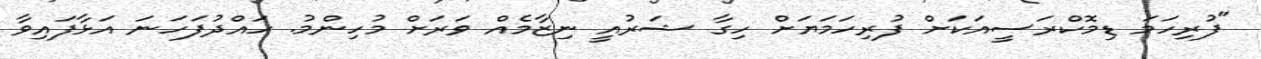
"ފުރިހަމަ ޑިމޮކްރަސީއަކަށް ފުރިހަމަޔަށް ހިގާ ޝަރުއީ ނިޒާމެއް ވަރަށް މުހިންމު. ހައްދުުފަހަނަ އަޅާފައިވާ